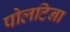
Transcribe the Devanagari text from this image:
पोलटिना